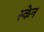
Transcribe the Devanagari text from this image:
स्‍केन